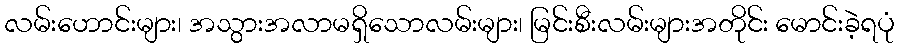
လမ်းဟောင်းများ၊ အသွားအလာမရှိသောလမ်းများ၊ မြင်းစီးလမ်းများအတိုင်း မောင်းခဲ့ရပုံ